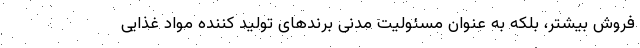
فروش بیشتر، بلکه به عنوان مسئولیت مدنی برندهای تولید کننده مواد غذایی